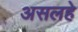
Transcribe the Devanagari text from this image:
असलहे